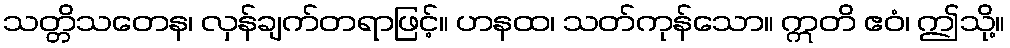
သတ္တိသတေန၊ လှန်ချက်တရာဖြင့်။ ဟနထ၊ သတ်ကုန်သော။ ဣတိ ဧဝံ၊ ဤသို့။